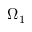
\Omega _ { 1 }